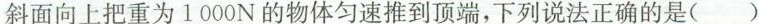
斜面向上把重为1000N的物体匀速推到顶端，下列说法正确的是( )